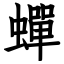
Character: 蟬